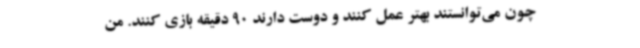
چون می‌توانستند بهتر عمل کنند و دوست دارند 90 دقیقه بازی کنند. من